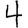
Digit: 4